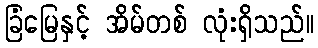
ခြံမြေနှင့် အိမ်တစ် လုံးရှိသည်။